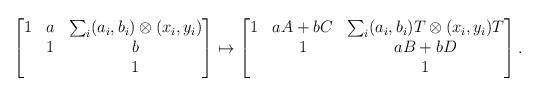
LaTeX: \begin{align*}\begin{bmatrix}1 & a & \sum_i (a_i,b_i)\otimes (x_i,y_i) \\ & 1 & b \\ & & 1 \end{bmatrix}& \mapsto\begin{bmatrix}1 & aA+bC & \sum_i (a_i,b_i)T\otimes (x_i,y_i)T \\ & 1 & aB+bD \\ & & 1 \end{bmatrix}.\end{align*}